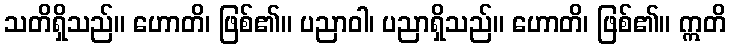
သတိရှိသည်။ ဟောတိ၊ ဖြစ်၏။ ပညာဝါ၊ ပညာရှိသည်။ ဟောတိ၊ ဖြစ်၏။ ဣတိ